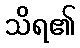
သိရ၏